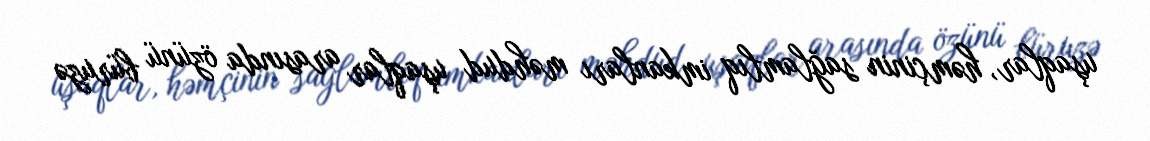
uşaqlar, həmçinin sağlamlıq imkanları məhdud uşaqlar arasında özünü büruzə